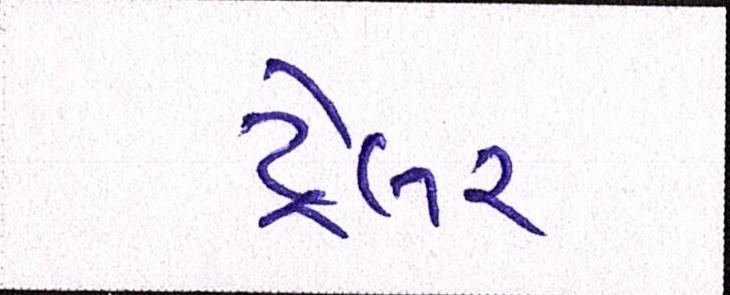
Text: ટ્રેલર